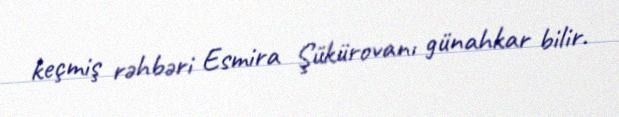
keçmiş rəhbəri Esmira Şükürovanı günahkar bilir.